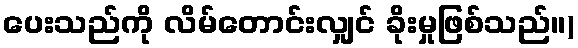
ပေးသည်ကို လိမ်တောင်းလျှင် ခိုးမှုဖြစ်သည်။)